Calcutta medical institutions reports 1892-1900
Year: 1892
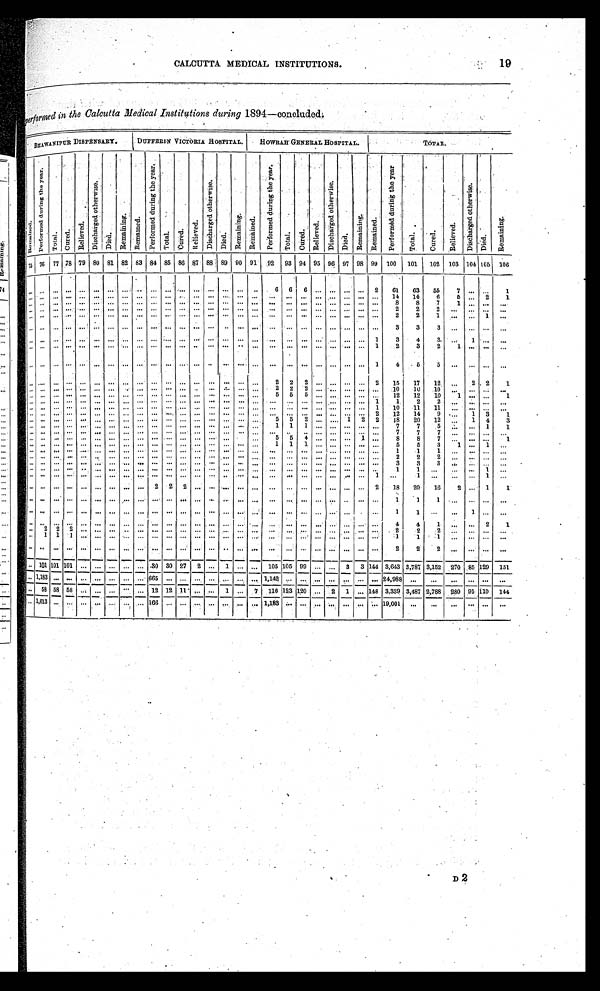
CALCUTTA MEDICAL INSTITUTIONS.
19
p e r f o r m e d i n t h e C a l c u t t a M e d i c a l I n s t i t u t i o n s d u r i n g 1 8 9 4 — c o n c l u d e d .
BHAWANIPUR DISPENSARY.
DUFFERIN VICTORIA HOSPITAL.
HOWRAH GENERAL HOSPITAL.
TOTAL.
R e ma i n e d .
P e r f o r m e d d u r i n g t h e y e a r .
T o t a l
C u r e d .
R e l i v e d .
D i s c h a r g e d o t h e r w i s e .
D i e d .
R e m a i n i n g .
Re ma i n e d .
P e r f o r m e d d u r i n g t h e y e a r .
T o t a l .
C u r e d .
R e l i e v e d .
Di s c h a r g e d o t h e r wi s e .
D i e d .
R e m a i n i n g .
R e m a i n e d .
P e r f o r m e d d u r i n g t h e y e a r .
T o t a l .
C u r e d .
R e l i e v e d .
D i s c h a r g e d o t h e r w i s e .
D i e d .
Remai ni ng.
R e m a i n e d .
P e r f o r m e d d u r i n g t h e y e a r .
T o t a l .
C u r e d .
R e l i e v e d .
D i s c h a r g e d o t h e r w i s e . Di ed.
R e m a i n i n g .
75 76 77 78 79 80 81 82 83 84 85 86 87
.
88 89 90 91
92
93 94 95 96 97 98 99
100 101
102
103 104 105
106
. . . . . .
. . .
. . .
. . .
. . .
. . . . . .. . .
. . .
. . .
. . .. . . . . .
. . .. . . . . .
6
6
6
. . .
. . .
. . . . . . 2
61
63
55
7 . . .
. . .
1
14
14
6
. . .
. . .
. . . . . .
. . .
. . .
. . .
. . . . . .
. . .
. . .
. . . . . . . . .
. . . . . . . . .
. . .
. . .
. . .
. . . . . .
. . . . . . . .
. . .
5 . . .
2
1
. . .
. . .
. . .. . .
. . .
. . .
. . . . . .. . .
. . .
. . .
. . .. . . . . .
. . .. . . . . .
. . .
. . .
. . .
. . .. . .
. . .. . .
. . .
8
8
7
1 . . .
. . .
. . .
. . .
. . .
. . . . . .
. . .
. . .
. . .
. . . . . . . . .
. . .
. . . . . . . . .
. . . . . . . . .
. . .
. . .
. . .
. . . . . . . . . . . .
. . .
2
2
2
. . .
. . .
. . .
. . .
. . .
. . .
. . .. . .
. . .
. . .
. . . . . .. . .
. . .
. . .
. . .. . . . . .
. . .. . . . . .
. . .
. . .
. . .
. . .. . .
. . .. . .
. . .
2
2
1
. . . . . . 1
. . .
. . .
. . .
. . .. . .
. . .
. . .
. . . . . .. . .
. . .
. . .
. . .. . . . . .
. . .. . . . . .
. . .
. . .
. . .
. . . . . .
. . . . . .
. . .
3
3
3
. . .. . .
. . . . . .
. . .
. . .
. . .. . .
. . .
. . .
. . . . . .. . .
. . .
. . .
. . .. . . . . .
. . .. . . . . .
. . .
. . .
. . .
. . .. . .
. . .. . .
1
3
4
3.
. . .
1
. . .
. . .
. . .
. . .
. . . . . .
. . . . . .
. . .
. . . . . .
. . .
. . .
. . . . . . . . .
. . . . . . . . .
. . .
. . .
. . .
. . .. . .
. . .. . .
1
2
3
2
1 . . .
. . .
. . .
. . .
. . .
. . .. . .
. . .
. . .
. . . . . .. . .
. . .
. . .
. . .. . . . . .
. . .. . . . . .
. . .
. . .
. . .
. . .. . .
. . .. . .
1
4
5
5
. . .. . .
. . . . . .
. . .
. . .
. . . . . .
. . .
. . . . . . . . . . . . . . .
. . .
. . . . . . . . .
. . . . . . . . .
2
2
2
. . . . . .
. . . . . . 2
15
17
12
. . .
2 . 2
1
. . .
. . .
. . .. . .
. . .
. . .
. . . . . .. . .
. . .
. . .
. . .. . . . . .
. . .. . . . . .
2
2
2
. . .. . .
. . .. . .
. . .
10
10
10
. . .. . .
. . .
. . .
. . .
. . .
. . .. . .
. . .
. . .
. . . . . .. . .
. . .
. . .
. . .. . . . . .
. . .. . . . . .
5 5
5
. . . . . .
. . . . . .
. . .
12
12
10
1 . . .
. . .
1
. . .
. . .
. . .. . .
. . .
. . .
. . . . . .. . .
. . .
. . .
. . .. . . . . .
. . .. . . . . .
. . .
. . .
. . .
. . .. . .
. . .. . .
1
1
2
2
. . . . . .
. . .
. . .
. . .
. . .
. . .. . .
. . .
. . .
. . . . . .. . .
. . .
. . .
. . .. . . . . .
. . .. . . . . .
. . .
. . .
. . .
. . .. . .
. . .. . .
1
1 0
1 1
1 1
. . .. . .
. . . . . .
. . .
. . .
. . .. . .
. . .
. . .
. . . . . .. . .
. . .
. . .
. . .. . . . . .
. . .. . . . . .
. . .
. . .
. . .
. . .. . .
. . .. . .
2
12
14
9
. . . 1
3
1
. . .
. . .
. . .. . .
. . .
. . .
. . . . . .. . .
. . .
. . .
. . .. . . . . .
. . .. . . . . .
5
5
2
. . . . . .
1 2
2
18
2 0
12
. . . 1
4
3
. . .
. . .
. . . . . .
. . .
. . .
. . .
. . . . . .
. . .
. . .
. . . . . . . . .
. . . . . . . . .
1
1
1
. . .. . .
. . .. . .
. . .
7
7
5
. . . . . .
1
1
. . .
. . .
. . .. . .
. . .
. . .
. . . . . .. . .
. . .
. . .
. . .. . . . . .
. . .. . . . . .
. . .
. . .
. . .
. . .. . .
. . .. . .
. . .
7
7
7
. . . . . .
. . .
. . .
. . .
. . .
. . .. . .
. . .
. . .
. . . . . .. . .
. . .
. . .
. . .. . . . . .
. . .. . . . . .
5
5
4
. . .. . .
. . .1
. . .
8
8
7
. . .. . .
. . .
1
. . .
. . .
. . .. . .
. . .
. . .
. . . . . .. . .
. . .
. . .
. . .. . . . . .
. . .. . . . . .
1
1
1
. . .. . .
. . .. . .
. . .
5
5
3
1 . . .
1
. . .
. . .
. . .
. . .. . .
. . .
. . .
. . . . . .. . .
. . .
. . .
. . .. . . . . .
. . .. . . . . .
. . .
. . .
. . .
. . .. . .
. . . .. . .
. . .
1
1
1
. . .
. . .
. . .
. . .
. . .
. . .
. . .. . .
. . .
. . .
. . . . . .. . .
. . .
. . .
. . .. . . . . .
. . .. . . . . .
. . .
. . .
. . .
. . .. . .
. . .. . .
. . .
2
2
2
. . .
. . .
. . .
. . .
. . .
. . .
. . .. . .
. . .
. . .
. . . . . .. . .
. . .
. . .
. . .. . . . . .
. . .. . . . . .
. . .
. . .
. . .
. . .. . .
. . .. . .
. . .
3
3
3
. . . . . .
. . .
. . .
. . .
. . .
. . .. . .
. . .
. . .
. . . . . .. . .
. . .
. . .
. . .. . . . . .
. . .. . . . . .
. . .
. . .
. . .
. . .. . .
. . .. . .
. . .
1
1
. . .
. . . . . .
1
. . .
. . .
. . .
. . .. . .
. . .
. . .
. . . . . .. . .
. . .
. . .
. . .. . . . . .
. . .. . . . . .
. . .
. . .
. . .
. . .. . .
. . .. . .
1
. . .
1
. . .
. . . . . .
1
. . .
. . .
. . .
. . .. . .
. . .
. . .
. . . . . .. . .
2
2 2 . . . . . .
. . .. . . . . .
. . .
. . .
. . .
. . . . . .
. . . . . .
2
18
20
16
2 . . .
1
1
. . .
. . .
. . .. . .
. . .
. . .
. . . . . .. . .
. . .
. . .
. . .. . . . . .
. . .. . . . . .
. . .
. . .
. . .
. . .. . .
. . .. . .
. . .
1
1
1
. . .. . .
. . .
. . .
. . .
. . .
. . .. . .
. . .
. . .
. . . . . .. . .
. . .
. . .
. . .. . . . . .
. . .. . . . . .
. . .
. . .
. . .
. . .. . .
. . . . . .
. . .
1
1
. . .
. . .
1
. . .
. . .
. . .
. . .
. . .. . .
. . .
. . .
. . . . . .. . .
. . .
. . .
. . .. . . . . .
. . .. . . . . .
. . .
. . .
. . .
. . .. . .
. . .. . .
. . .
4
4
1
. . .. . .
2
1
. . .
. . .
. . .. . .
. . .
. . .
. . . . . .. . .
. . .
. . .
. . .. . . . . .
. . .. . . . . .
. . .
. . .
. . .
. . .. . .
. . .. . .
. . .
2
2
2
. . . . . .
. . .
. . .
. . .
. . .
. . .. . .
. . .
. . .
. . . . . .. . .
. . .
. . .
. . .. . . . . .
. . .. . . . . .
. . .
. . .
. . .
. . .. . .
. . .. . .
. . .
1
1
1
. . . . . .
. . .
. . .
. . .
. . .
. . .. . .
. . .
. . .
. . .
. . . . . .
. . .
. . .
. . . . . . . . .
. . . . . .
. . .
. . .
. . .
. . .
. . .. . .
. . .. . .
. . .
2
2
2
. . .. . .
. . . . . .
. . . 101 101 101
. . .
. . .
. . .
. . . . . . .30 30 27
2 . . .
1 . . .
. . .
105 105 99
. . .
. . . 3
3 144 3,643 3,787 3,152
270 85 129
151
. . .
1 , 1 8 3
. . .. . .
. . .
. . .
. . . . . .. . .
6 6 5
. . .
. . .. . . . . .
. . .. . . . . .
1 , 1 4 2
. . .
. . .
. . .. . .
. . .. . .
. . .
2 4 , 9 8 8
. . .
. . .
. . .. . .
. . . . . .
. . .
5 8 58 58
. . .
. . .
. . .. . .
. . . 12 12 11 . . . ...
1 . . . 7
116 123 120
. . . 2
1 . . . 148 3,339 3,487 2,788
280 91 110
144
. . . 1,013
. . . . . .
. . .
. . .
. . .
. . . . . . 166
. . .
. . . . . . . . .
. . . . . . . . . 1,183
. . .
. . .
. . . . . .
. . . . . .
. . . 19,001
. . .
. . .
. . . . . .
. . .
. . .
D2